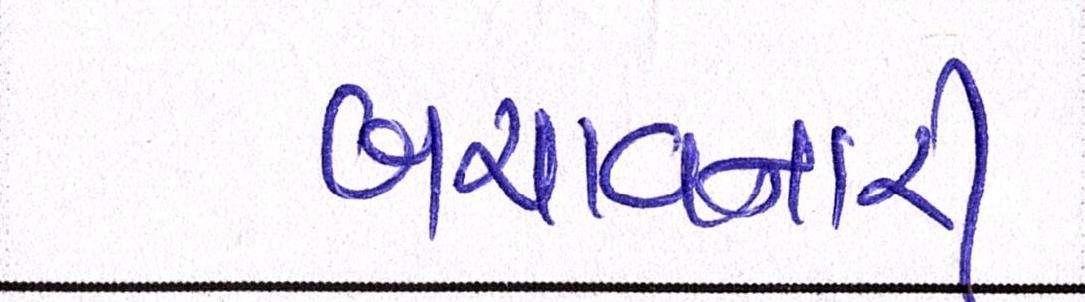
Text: બચાવનારી